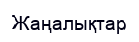
Жаңалықтар